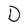
Character: D